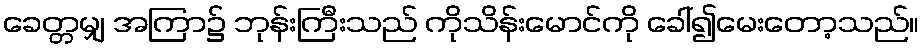
ခေတ္တမျှ အကြာ၌ ဘုန်းကြီးသည် ကိုသိန်းမောင်ကို ခေါ်၍မေးတော့သည်။